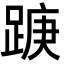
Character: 𮛭